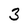
Character: 3